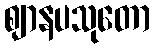
ဈာနပသုတော